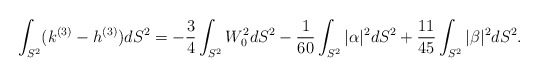
\begin{align*} \int _{S^2} (k^{(3)} - h^{(3)}) dS^2 =-\frac{3}{4}\int_{S^2} W_0^2 d S^2-\frac{1}{60} \int _{S^2} |\alpha|^2 dS^2 + \frac{11}{45} \int _{S^2} |\beta|^2 dS^2.\end{align*}